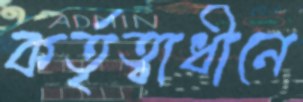
কর্তৃত্বাধীনে